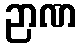
ဉာဏ